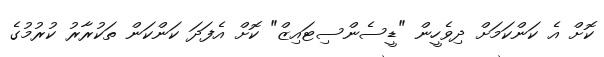
ކޮށް އެ ކަންކަމަށް ދިވެހީން "ޑީސެންސިޓައިޒް" ކޮށް އެފަދަ ކަންކަން ތަކުރާރު ކުރުމުގެ